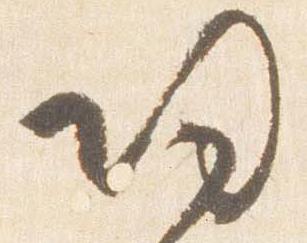
帰